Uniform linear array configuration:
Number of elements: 8
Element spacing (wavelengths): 0.25
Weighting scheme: cosine
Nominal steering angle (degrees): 45
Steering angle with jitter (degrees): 43.211
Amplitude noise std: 0.05
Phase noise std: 0.05

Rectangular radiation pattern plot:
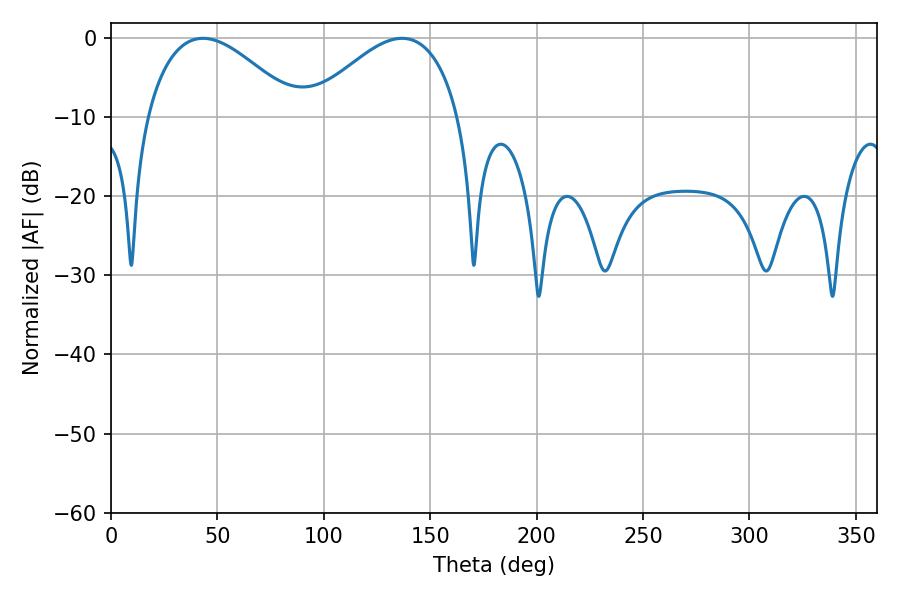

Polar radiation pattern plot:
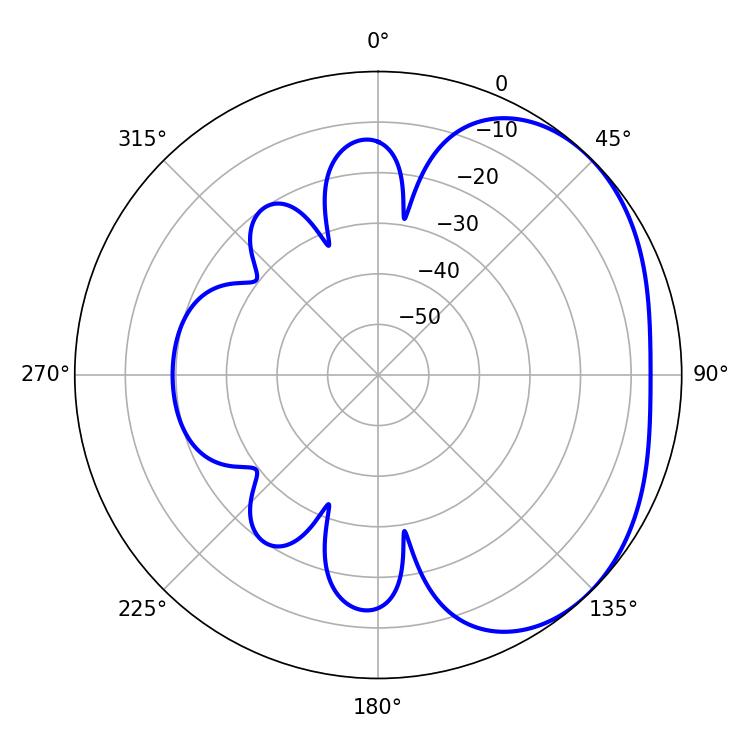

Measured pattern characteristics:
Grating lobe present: FALSE
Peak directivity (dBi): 2.757
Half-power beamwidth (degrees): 38.88
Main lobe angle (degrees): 43.2